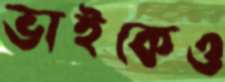
ভাইকেও